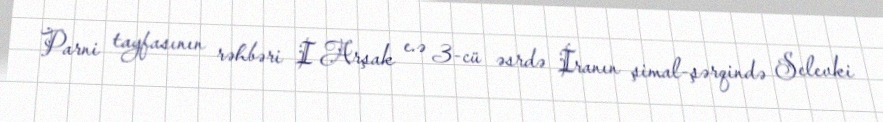
Parni tayfasının rəhbəri I Arşak e.ə 3-cü əsrdə İranın şimal-şərqində Selevki